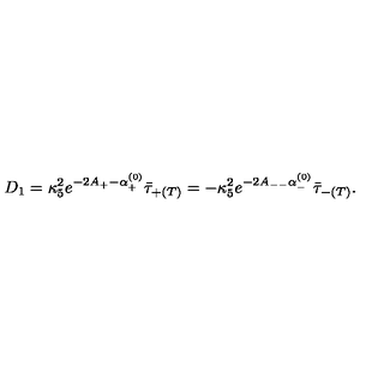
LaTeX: D _ { 1 } = \kappa _ { 5 } ^ { 2 } e ^ { - 2 A _ { + } - \alpha _ { + } ^ { ( 0 ) } } \bar { \tau } _ { + ( T ) } = - \kappa _ { 5 } ^ { 2 } e ^ { - 2 A _ { -- } \alpha _ { - } ^ { ( 0 ) } } \bar { \tau } _ { - ( T ) } .